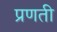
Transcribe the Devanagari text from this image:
प्रणती